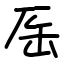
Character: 厒